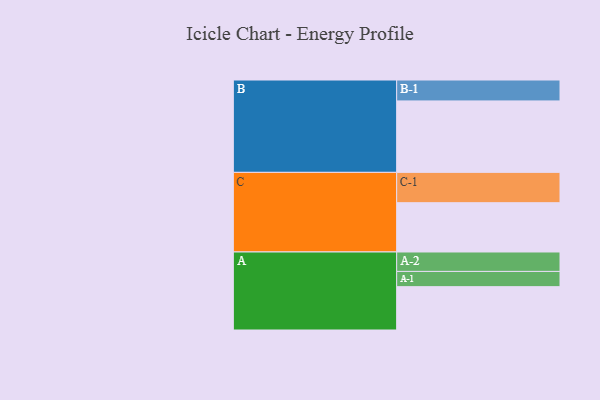
{"axis": {"x": "Segment", "y": "Value"}, "legend": ["", "A", "B", "C"], "data": [{"x": "A", "y": 350, "type": ""}, {"x": "B", "y": 577, "type": ""}, {"x": "C", "y": 398, "type": ""}, {"x": "A-1", "y": 123, "type": "A"}, {"x": "A-2", "y": 157, "type": "A"}, {"x": "B-1", "y": 169, "type": "B"}, {"x": "C-1", "y": 245, "type": "C"}]}